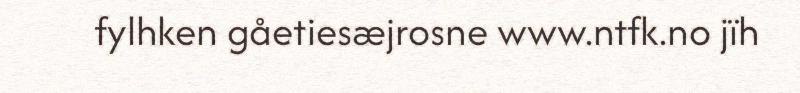
fylhken gåetiesæjrosne www.ntfk.no jïh